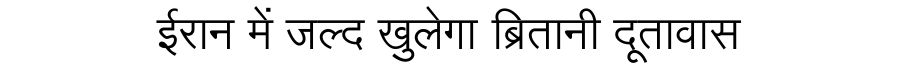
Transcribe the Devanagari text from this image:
ईरान में जल्द खुलेगा ब्रितानी दूतावास